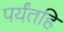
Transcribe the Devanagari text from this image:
पर्यंतहि